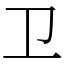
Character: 卫